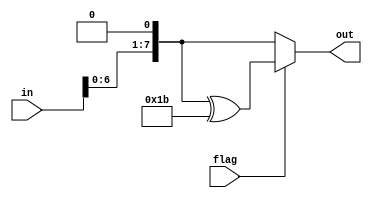
module multibase(out, in, flag);
   input  flag;
   input  [7:0] in;
   output reg [7:0] out;

   always
   @(flag or in)
   begin
      out = in << 1;
      if (flag == 'B1)
         out = out ^ 'B00011011;
   end
endmodule

module multi1x1(out, a, b);
   output reg [7:0] out;
   input  [7:0] a, b;
   reg  [63:0] tmpTmp;
   wire [63:0] tmp;
   wire [7:0] num[7:0];

   assign tmp[7:0] = b; 

   multibase
      BIT1(.out(tmp[15: 8]), .in(tmp[ 7: 0]), .flag(tmp[7])),
      BIT2(.out(tmp[23:16]), .in(tmp[15: 8]), .flag(tmp[15])),
      BIT3(.out(tmp[31:24]), .in(tmp[23:16]), .flag(tmp[23])),
      BIT4(.out(tmp[39:32]), .in(tmp[31:24]), .flag(tmp[31])),
      BIT5(.out(tmp[47:40]), .in(tmp[39:32]), .flag(tmp[39])),
      BIT6(.out(tmp[55:48]), .in(tmp[47:40]), .flag(tmp[47])),
      BIT7(.out(tmp[63:56]), .in(tmp[55:48]), .flag(tmp[55]));
   
   always 
   @(tmp[63:56])
   begin
      tmpTmp = tmp;
      if (a[0] == 'B0)
         tmpTmp[7:0] = 'B0;
      if (a[1] == 'B0)
         tmpTmp[15:8] = 'B0;
      if (a[2] == 'B0)
         tmpTmp[23:16] = 'B0;
      if (a[3] == 'B0)
         tmpTmp[31:24] = 'B0;
      if (a[4] == 'B0)
         tmpTmp[39:32] = 'B0;
      if (a[5] == 'B0)
         tmpTmp[47:40] = 'B0;
      if (a[6] == 'B0)
         tmpTmp[55:48] = 'B0;
      if (a[7] == 'B0)
         tmpTmp[63:56] = 'B0;

      out = tmpTmp[7:0] ^ tmpTmp[15:8] ^ tmpTmp[23:16] ^ tmpTmp[31:24] ^ tmpTmp[39:32] ^ tmpTmp[47:40] ^ tmpTmp[55:48] ^ tmpTmp[63:56];  

   end
endmodule


module multiRow(out, inRow, in);
   output reg[ 31:0]  out;
   input [ 31:0]  inRow;
   input [127:0]  in;
   wire   [127:0]  tmp;
   
   multi1x1
      A(.out(tmp[  7:  0]), .a(inRow[31:24]), .b(in[127:120])),
      B(.out(tmp[ 15:  8]), .a(inRow[23:16]), .b(in[ 95: 88])),
      C(.out(tmp[ 23: 16]), .a(inRow[15: 8]), .b(in[ 63: 56])),
      D(.out(tmp[ 31: 24]), .a(inRow[ 7: 0]), .b(in[ 31: 24])),
      E(.out(tmp[ 39: 32]), .a(inRow[31:24]), .b(in[119:112])),
      F(.out(tmp[ 47: 40]), .a(inRow[23:16]), .b(in[ 87: 80])),
      G(.out(tmp[ 55: 48]), .a(inRow[15: 8]), .b(in[ 55: 48])),
      H(.out(tmp[ 63: 56]), .a(inRow[ 7: 0]), .b(in[ 23: 16])),
      I(.out(tmp[ 71: 64]), .a(inRow[31:24]), .b(in[111:104])),
      J(.out(tmp[ 79: 72]), .a(inRow[23:16]), .b(in[ 79: 72])),
      K(.out(tmp[ 87: 80]), .a(inRow[15: 8]), .b(in[ 47: 40])),
      L(.out(tmp[ 95: 88]), .a(inRow[ 7: 0]), .b(in[ 15:  8])),
      M(.out(tmp[103: 96]), .a(inRow[31:24]), .b(in[103: 96])),
      N(.out(tmp[111:104]), .a(inRow[23:16]), .b(in[ 71: 64])),
      O(.out(tmp[119:112]), .a(inRow[15: 8]), .b(in[ 39: 32])),
      P(.out(tmp[127:120]), .a(inRow[ 7: 0]), .b(in[  7:  0]));

   always
   @(tmp[7:0] or tmp[15:8] or tmp[23:16] or tmp[31:24])
   begin
      out[31:24] = tmp[7:0] ^ tmp[15:8] ^ tmp[23:16] ^ tmp[31:24];
   end

   always
   @(tmp[39:32] or tmp[47:40] or tmp[55:48] or tmp[63:56])
   begin
      out[23:16] = tmp[39:32] ^ tmp[47:40] ^ tmp[55:48] ^ tmp[63:56];
   end

   always
   @(tmp[71: 64] or tmp[79: 72] or tmp[87: 80] or tmp[95: 88])
   begin
      out[15:8] = tmp[71: 64] ^ tmp[79: 72] ^ tmp[87: 80] ^ tmp[95: 88];
   end

   always
   @(tmp[103: 96] or tmp[111:104] or tmp[119:112] or tmp[127:120])
   begin
      out[7:0] = tmp[103: 96] ^ tmp[111:104] ^ tmp[119:112] ^ tmp[127:120];
   end
endmodule // multiRow

module multiMatrix(out, inMatrix, in);
   output [127:0] out;
   input  [127:0] in, inMatrix;
   
   multiRow
      ROW0(.out(out[127:96]), .inRow(inMatrix[127:96]), .in(in)),
      ROW1(.out(out[ 95:64]), .inRow(inMatrix[ 95:64]), .in(in)),
      ROW2(.out(out[ 63:32]), .inRow(inMatrix[ 63:32]), .in(in)),
      ROW3(.out(out[ 31: 0]), .inRow(inMatrix[ 31: 0]), .in(in));

endmodule// multiMatrix

module mixColumns(out, in, flag);
   input flag;
   input  [127:0] in;
   output [127:0] out;
   reg [7:0] 	   matrixTmp[15:0];
   reg [127:0] 	matrix; 	  
      
   always
     @(flag)
     begin
      if (flag == 'B0)
         begin
            $readmemh("../MixC/Matrix_dat.txt", matrixTmp);
         end
      else
         begin
            $readmemh("../MixC/Matrix-1_dat.txt", matrixTmp);
         end
      matrix[127:120] = matrixTmp[0];
      matrix[119:112] = matrixTmp[1];
      matrix[111:104] = matrixTmp[2];
      matrix[103: 96] = matrixTmp[3];

      matrix[95:88] = matrixTmp[4];
      matrix[87:80] = matrixTmp[5];
      matrix[79:72] = matrixTmp[6];
      matrix[71:64] = matrixTmp[7];

      matrix[63:56] = matrixTmp[8];
      matrix[55:48] = matrixTmp[9];
      matrix[47:40] = matrixTmp[10];
      matrix[39:32] = matrixTmp[11];

      matrix[31:24] = matrixTmp[12];
      matrix[23:16] = matrixTmp[13];
      matrix[15: 8] = matrixTmp[14];
      matrix[ 7: 0] = matrixTmp[15];
     end
	       
   multiMatrix
      Matrix(.out(out), .inMatrix(matrix), .in(in));

endmodule // MixColumns